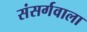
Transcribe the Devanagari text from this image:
संसर्गवाला